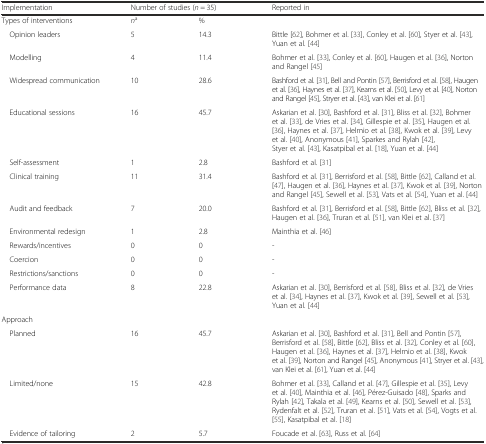
<table><thead><tr><td><b>Implementation</b></td><td colspan="2"><b>Number of studies (<i>n</i> = 35)</b></td><td><b>Reported in</b></td></tr></thead><tbody><tr><td>Types of interventions</td><td><i>n</i><sup>a</sup></td><td>%</td><td></td></tr><tr><td> Opinion leaders</td><td>5</td><td>14.3</td><td>Bittle [62], Bohmer et al. [33], Conley et al. [60], Styer et al. [43], Yuan et al. [44]</td></tr><tr><td> Modelling</td><td>4</td><td>11.4</td><td>Bohmer et al. [33], Conley et al. [60], Haugen et al. [36], Norton and Rangel [45]</td></tr><tr><td> Widespread communication</td><td>10</td><td>28.6</td><td>Bashford et al. [31], Bell and Pontin [57], Berrisford et al. [58], Haugen et al. [36], Haynes et al. [37], Kearns et al. [50], Levy et al. [40], Norton and Rangel [45], Stryer et al. [43], van Klei et al. [61]</td></tr><tr><td> Educational sessions</td><td>16</td><td>45.7</td><td>Askarian et al. [30], Bashford et al. [31], Bliss et al. [32], Bohmer et al. [33], de Vries et al. [34], Gillespie et al. [35], Haugen et al. [36], Haynes et al. [37], Helmio et al. [38], Kwok et al. [39], Levy et al. [40], Anonymous [41], Sparkes and Rylah [42], Styer et al. [43], Kasatpibal et al. [18], Yuan et al. [44]</td></tr><tr><td> Self-assessment</td><td>1</td><td>2.8</td><td>Bashford et al. [31]</td></tr><tr><td> Clinical training</td><td>11</td><td>31.4</td><td>Bashford et al. [31], Berrisford et al. [58], Bittle [62], Calland et al. [47], Haugen et al. [36], Haynes et al. [37], Kwok et al. [39], Norton and Rangel [45], Sewell et al. [53], Vats et al. [54], Yuan et al. [44]</td></tr><tr><td> Audit and feedback</td><td>7</td><td>20.0</td><td>Bashford et al. [31], Berrisford et al. [58], Bittle [62], Bliss et al. [32], Haugen et al. [36], Truran et al. [51], van Klei et al. [37]</td></tr><tr><td> Environmental redesign</td><td>1</td><td>2.8</td><td>Mainthia et al. [46]</td></tr><tr><td> Rewards/incentives</td><td>0</td><td>0</td><td>-</td></tr><tr><td> Coercion</td><td>0</td><td>0</td><td>-</td></tr><tr><td> Restrictions/sanctions</td><td>0</td><td>0</td><td>-</td></tr><tr><td> Performance data</td><td>8</td><td>22.8</td><td>Askarian et al. [30], Berrisford et al. [58], Bliss et al. [32], de Vries et al. [34], Haynes et al. [37], Kwok et al. [39], Sewell et al. [53], Yuan et al. [44]</td></tr><tr><td>Approach</td><td></td><td></td><td></td></tr><tr><td> Planned</td><td>16</td><td>45.7</td><td>Askarian et al. [30], Bashford et al. [31], Bell and Pontin [57], Berrisford et al. [58], Bittle [62], Bliss et al. [32], Conley et al. [60], Haugen et al. [36], Haynes et al. [37], Helmio et al. [38], Kwok et al. [39], Norton and Rangel [45], Anonymous [41], Stryer et al. [43], van Klei et al. [61], Yuan et al. [44]</td></tr><tr><td> Limited/none</td><td>15</td><td>42.8</td><td>Bohmer et al. [33], Calland et al. [47], Gillespie et al. [35], Levy et al. [40], Mainthia et al. [46], Pérez-Guisado [48], Sparks and Rylah [42], Takala et al. [49], Kearns et al. [50], Sewell et al. [53], Rydenfalt et al. [52], Truran et al. [51], Vats et al. [54], Vogts et al. [55], Kasatpibal et al. [18]</td></tr><tr><td> Evidence of tailoring</td><td>2</td><td>5.7</td><td>Foucade et al. [63], Russ et al. [64]</td></tr></tbody></table>